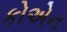
કોએન